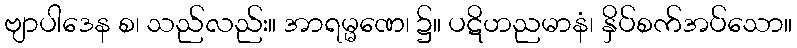
ဗျာပါဒေန စ၊ သည်လည်း။ အာရမ္မဏေ၊ ၌။ ပဋိဟညမာနံ၊ နှိပ်စက်အပ်သော။